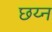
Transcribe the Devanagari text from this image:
छय्न